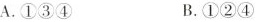
A.①③④ B.①②④